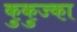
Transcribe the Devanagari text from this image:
कुकुज्का